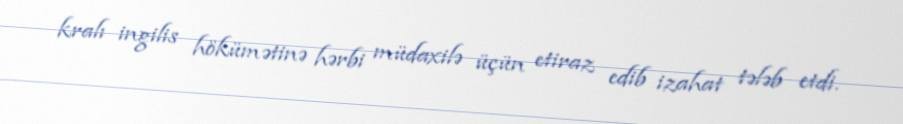
kralı ingilis hökümətinə hərbi müdaxilə üçün etiraz edib izahat tələb etdi.